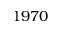
1 9 7 0